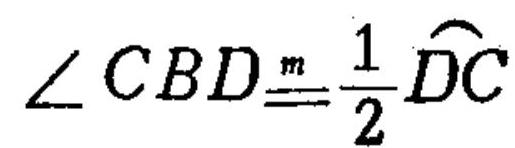
$\angle CBD\overset{m}{=}\frac{1}{2}\overset{\frown}{DC}$